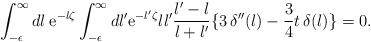
LaTeX: \begin{align*}\int_{-\epsilon}^\infty dl\: {\rm e}^{-l\zeta}\int_{-\epsilon}^\infty dl' {\rm e}^{-l'\zeta}ll'{l'-l \over l+l'} \{3\,\delta''(l) - {3 \over 4}t\,\delta(l) \} =0.\end{align*}